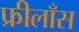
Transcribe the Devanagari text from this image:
फ्रीलाँस